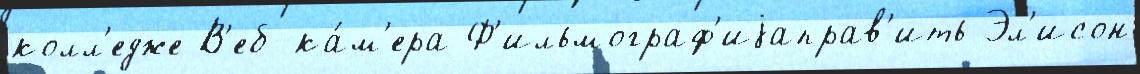
колл'едже В'еб-ка́м'ера Ф'ильмограф'иjаправ'ить Эл'исон